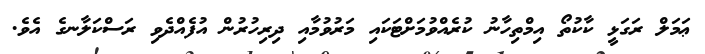
ޢަމަލް ރަގަޅީ ކާކުތޯ އިމްތިހާނު ކުރެއްވުމަށްޓަކައި މަރުވުމާއި ދިރިހުރުން އުފެއްދެވި ރަސްކަލާނގެ އެވެ.